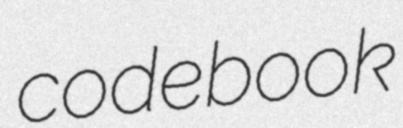
codebook